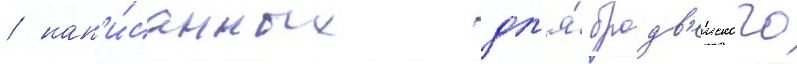
/ нап'и́санных дл'я́ бродв'еиского